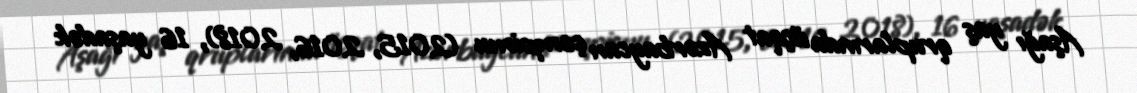
Aşağı yaş qruplarında üçqat Azərbaycan çempionu (2015, 2016, 2018), 16 yaşadək